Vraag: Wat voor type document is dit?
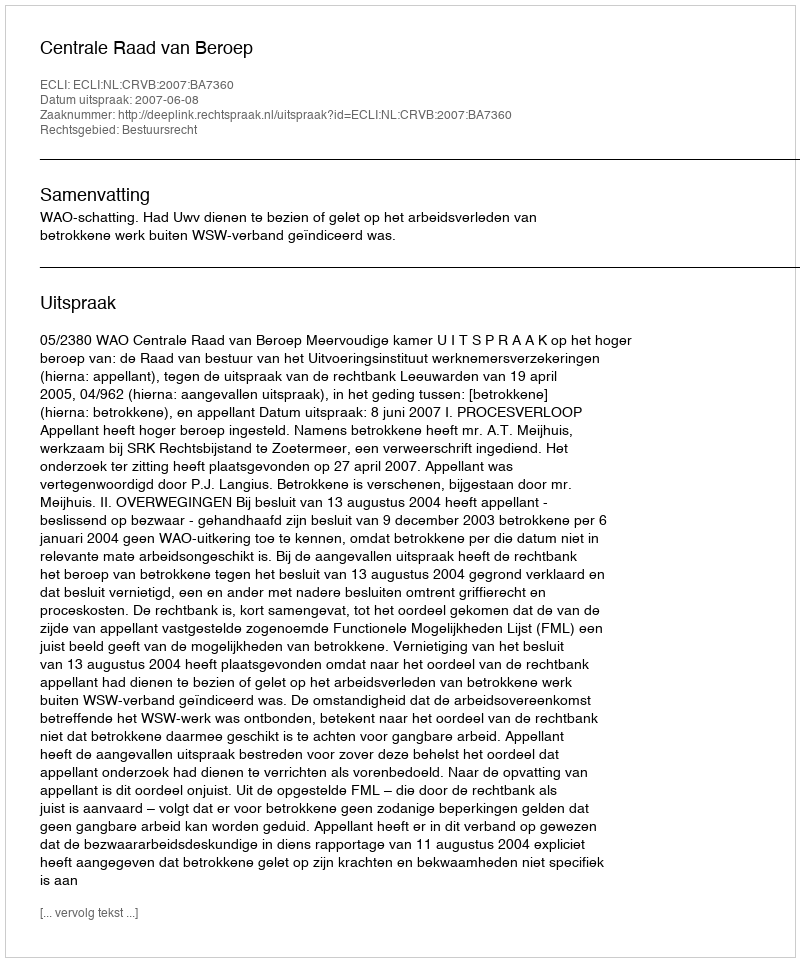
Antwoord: Uitspraak